Vaccination in Burma 1920-1933 - 1920-1933
Year: 1920
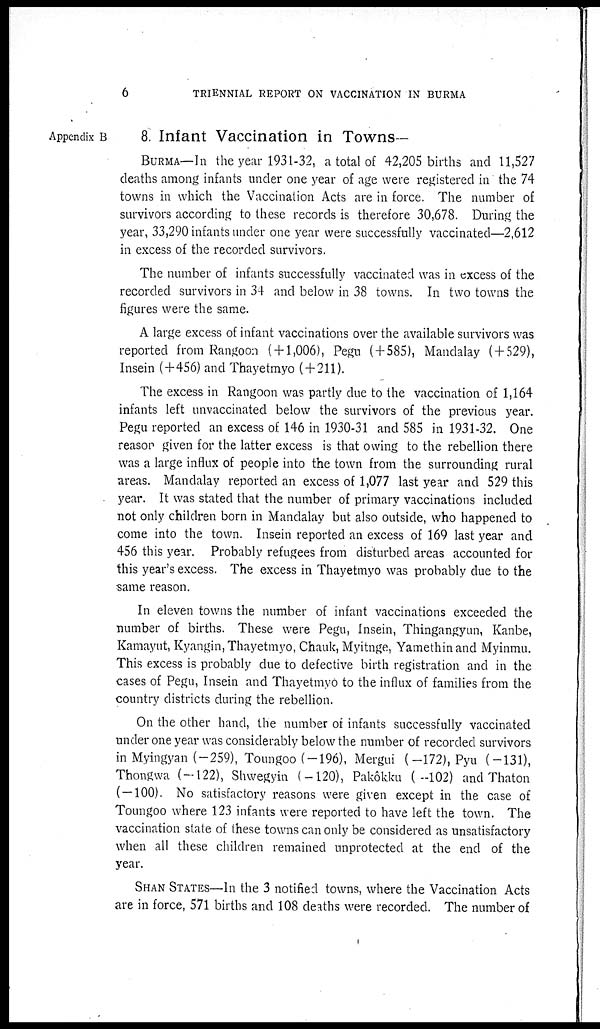
6
TRIENNIAL REPORT ON VACCINATION IN BURMA
Appendix B
8. Infant Vaccination in Towns—
BURMA—In the year 1931-32, a total of 42,205 births and 11,527
deaths among infants under one year of age were registered in the 74
towns in which the Vaccination Acts are in force. The number of
survivors according to these records is therefore 30,678. During the
year, 33,290 infants under one year were successfully vaccinated—2,612
in excess of the recorded survivors.
The number of infants successfully vaccinated was in excess of the
recorded survivors in 34 and below in 38 towns. In two towns the
figures were the same.
A large excess of infant vaccinations over the available survivors was
reported from Rangoon ( + 1,006), Pegu (+585), Mandalay (+529),
Insein (+456) and Thayetmyo ( + 211).
The excess in Rangoon was partly due to the vaccination of 1,164
infants left unvaccinated below the survivors of the previous year.
Pegu reported an excess of 146 in 1930-31 and 585 in 1931-32. One
reason given for the latter excess is that owing to the rebellion there
was a large influx of people into the town from the surrounding rural
areas. Mandalay reported an excess of 1,077 last year and 529 this
year. It was stated that the number of primary vaccinations included
not only children born in Mandalay but also outside, who happened to
come into the town. Insein reported an excess of 169 last year and
456 this year. Probably refugees from disturbed areas accounted for
this year's excess. The excess in Thayetmyo was probably due to the
same reason.
In eleven towns the number of infant vaccinations exceeded the
number of births. These were Pegu, Insein, Thingangyun, Kanbe,
Kamayut, Kyangin, Thayetmyo, Chauk, Myitnge, Yamethin and Myinmu.
This excess is probably due to defective birth registration and in the
cases of Pegu, Insein and Thayetmyo to the influx of families from the
country districts during the rebellion.
On the other hand, the number of infants successfully vaccinated
under one year was considerably below the number of recorded survivors
in Myingyan (—259), Toungoo (—196), Mergui (—172),Pyu (—131),
Thongwa (—122), Shwegyin (—120), Pakôkku (—102) and Thaton
( — 100). No satisfactory reasons were given except in the case of
Toungoo where 123 infants were reported to have left the town. The
vaccination state of these towns can only be considered as unsatisfactory
when all these children remained unprotected at the end of the
year.
SHAN STATES—In the 3 notified towns, where the Vaccination Acts
are in force, 571 births and 108 deaths were recorded. The number of